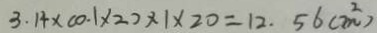
3 . 1 4 \times ( 0 . 1 \times 2 ) \times 1 \times 2 0 = 1 2 . 5 6 ( m ^ { 2 } )